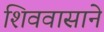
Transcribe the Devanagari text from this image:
शिववासाने